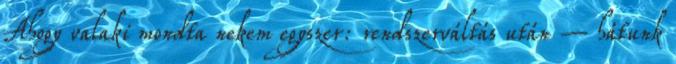
Ahogy valaki mondta nekem egyszer: rendszerváltás után – hátunk